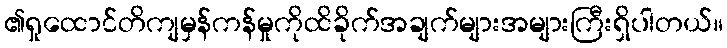
၏ရှုထောင်တိကျမှန်ကန်မှုကိုထိခိုက်အချက်များအများကြီးရှိပါတယ်။